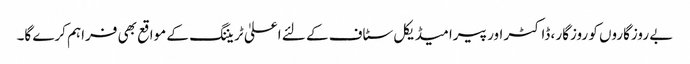
بے روزگاروں کو روزگار ، ڈاکٹر اور پیرامیڈیکل سٹاف کے لئے اعلیٰ ٹریننگ کے مواقع بھی فراہم کرے گا۔